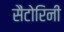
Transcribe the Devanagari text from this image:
सैंटोरिनी